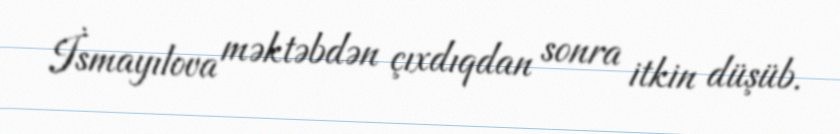
İsmayılova məktəbdən çıxdıqdan sonra itkin düşüb.